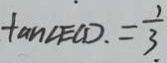
\tan \angle E C D . = \frac { 1 } { 3 }